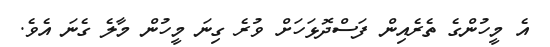
އެ މީހުންގެ ތެރެއިން ފަސްދޮޅަހަށް ވުރެ ގިނަ މީހުން މާލެ ގެނަ އެވެ.